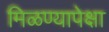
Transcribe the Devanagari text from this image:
मिळण्यापेक्षा